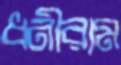
ধনীরাম